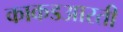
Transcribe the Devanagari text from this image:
काकडआरती